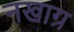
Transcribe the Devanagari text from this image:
नखाग्र